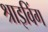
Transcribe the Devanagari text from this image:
श्राइविंग